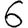
Digit: 6